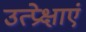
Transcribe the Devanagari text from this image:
उत्प्रेक्षाएं